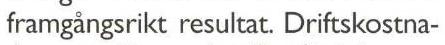
framgångsrikt resultat. Driftskostna-